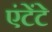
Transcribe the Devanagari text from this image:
एंटेंटे